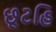
છૂટહિ